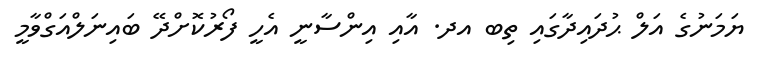
ޔަމަނުގެ އަލް ޙުދައިދާގައި ތިބ އދ. އާއި އިންސާނީ އެހީ ފޯރުކޮށްދޭ ބައިނަލްއަގްވާމީ